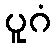
ပူဂံ